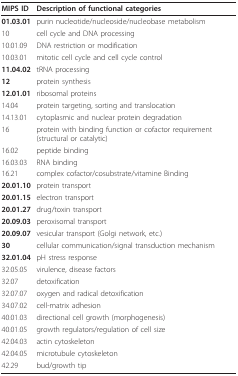
<table><thead><tr><td><b>MIPS ID</b></td><td><b>Description of functional categories</b></td></tr></thead><tbody><tr><td><b>01.03.01</b></td><td>purin nucleotide/nucleoside/nucleobase metabolism</td></tr><tr><td>10</td><td>cell cycle and DNA processing</td></tr><tr><td>10.01.09</td><td>DNA restriction or modification</td></tr><tr><td>10.03.01</td><td>mitotic cell cycle and cell cycle control</td></tr><tr><td><b>11.04.02</b></td><td>tRNA processing</td></tr><tr><td><b>12</b></td><td>protein synthesis</td></tr><tr><td><b>12.01.01</b></td><td>ribosomal proteins</td></tr><tr><td>14.04</td><td>protein targeting, sorting and translocation</td></tr><tr><td>14.13.01</td><td>cytoplasmic and nuclear protein degradation</td></tr><tr><td>16</td><td>protein with binding function or cofactor requirement (structural or catalytic)</td></tr><tr><td>16.02</td><td>peptide binding</td></tr><tr><td>16.03.03</td><td>RNA binding</td></tr><tr><td>16.21</td><td>complex cofactor/cosubstrate/vitamine Binding</td></tr><tr><td><b>20.01.10</b></td><td>protein transport</td></tr><tr><td><b>20.01.15</b></td><td>electron transport</td></tr><tr><td><b>20.01.27</b></td><td>drug/toxin transport</td></tr><tr><td><b>20.09.03</b></td><td>peroxisomal transport</td></tr><tr><td><b>20.09.07</b></td><td>vesicular transport (Golgi network, etc.)</td></tr><tr><td><b>30</b></td><td>cellular communication/signal transduction mechanism</td></tr><tr><td><b>32.01.04</b></td><td>pH stress response</td></tr><tr><td>32.05.05</td><td>virulence, disease factors</td></tr><tr><td>32.07</td><td>detoxification</td></tr><tr><td>32.07.07</td><td>oxygen and radical detoxification</td></tr><tr><td>34.07.02</td><td>cell-matrix adhesion</td></tr><tr><td>40.01.03</td><td>directional cell growth (morphogenesis)</td></tr><tr><td>40.01.05</td><td>growth regulators/regulation of cell size</td></tr><tr><td>42.04.03</td><td>actin cytoskeleton</td></tr><tr><td>42.04.05</td><td>microtubule cytoskeleton</td></tr><tr><td>42.29</td><td>bud/growth tip</td></tr></tbody></table>